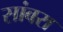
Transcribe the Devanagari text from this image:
सांबरा